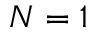
N = 1